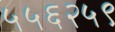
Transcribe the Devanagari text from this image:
५५६२५९